Investigations on Bengal jail dietaries - Number 37
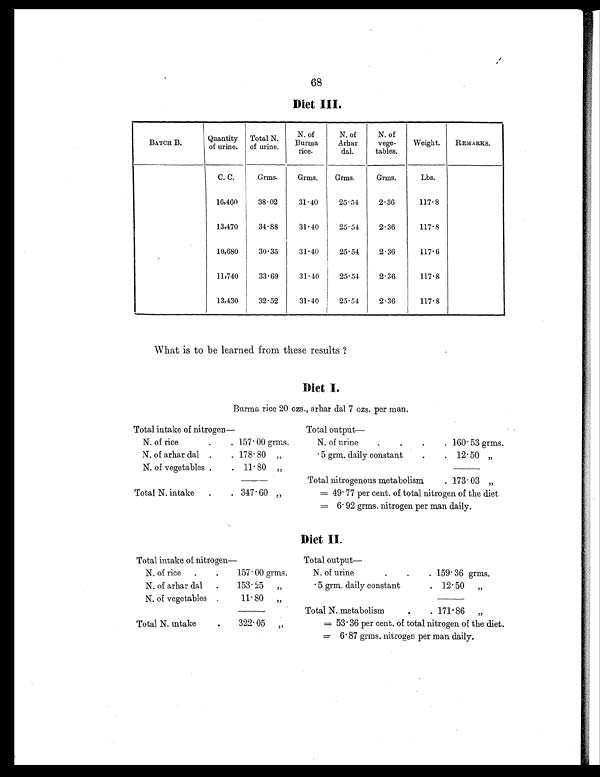
68
Diet III.
BATCH B.
Quantity
of urine.
Total N.
of urine.
N. of
Burma
rice.
N. of
Arhar
dal.
N. of
vege-
tables.
Weight.
REMARKS.
C. C.
Grms.
Grms.
Grms.
Grms.
Lbs.
16,460
38.02
31.40
25.54
2.36
117.8
13,470
34.88
31.40
25.54
2.36
117.8
10,680
30 . 35
31.40
25.54
2 . 36
117.6
11,740
33.69
31.40
25.54
2.36
117.8
13,430
32.52
31.40
25 . 54
2.36
117.8
What is to be learned from these results ?
Diet I.
Burma rice 20 ozs., arhar dal 7 ozs. per man.
Total intake of nitrogen—
Total output
—
N. of rice
.
. 157.00 grms.
N. of urine
.
.
.
.
1 6 0 . 5 3 g r m s .
N. of arhar dal .
. 178.80 „
.5 grm. daily constant
.
. 12.50 „
N. of vegetables .
. 11.80 „
Total nitrogenous metabolism
. 173.03 „
Total N. intake
.
. 347.60 „
= 49.77 per cent. of total nitrogen of the diet
= 6.92 grms. nitrogen per man daily.
Diet II.
Total intake of nitrogen—
Total output
—
N. of rice
.
.
157.00 grms.
N. of urine
.
.
.
159.36 grms.
N. of arhar dal
.
153.25 „
. 5 grm. daily constant
.
.
12.50 „
N. of vegetables .
11.80 „
Total N. metabolis
.
. 171.86 „
Total N. intake
. 322.05 „
= 53.36 per cent. of total nitrogen of the diet.
= 6.87 grms. nitrogen per man daily.